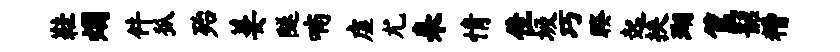
鞋烟件狐殆萋隧喃虚尤耒情隹圾巧睽起挟瑚筐韶糟